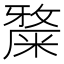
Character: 𥼅